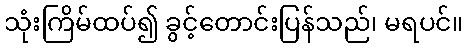
သုံးကြိမ်ထပ်၍ ခွင့်တောင်းပြန်သည်၊ မရပင်။